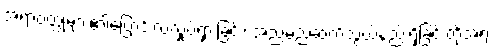
အရာဝတ္ထုများ၏ပြောင်းလဲလှုပ်ရှားခြင်း၊ အညမညဆက်သွယ်နည်းရှိခြင်းတို့အရ